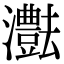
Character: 𤄝